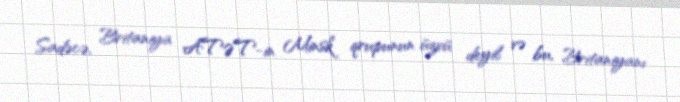
Sadəcə, Britaniya ATƏT-in Minsk qrupunun üzvü deyil və bu, Britaniyanı